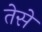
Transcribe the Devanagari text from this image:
तेसे